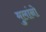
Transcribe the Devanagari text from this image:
मुलांनो